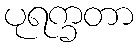
ပုရက္ခတာ